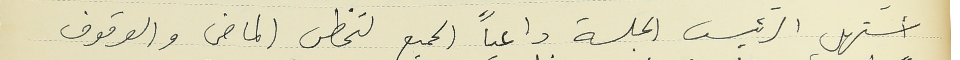
أستهل الرئيس الجلسة داعياً الجميع لتخطي الماضي والوقوف